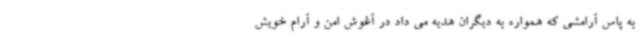
به پاس آرامشی که همواره به دیگران هدیه می داد در آغوش امن و آرام خویش